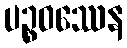
ပဉ္စဝဿေန